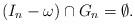
LaTeX: \begin{align*}(I_n - \omega) \cap G_{n} = \emptyset.\end{align*}